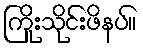
ကြိုးသိုင်းဖိနပ်။